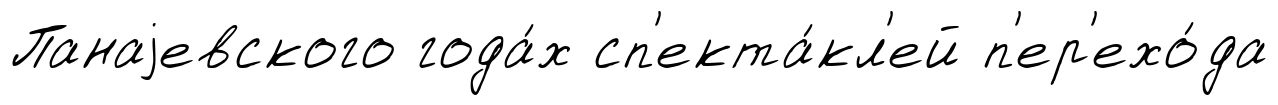
Панаjевского года́х сп'екта́кл'ей п'ер'ехо́да